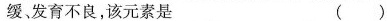
缓发育不良，该元素是 ()